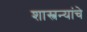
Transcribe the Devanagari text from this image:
शास्त्रन्यांचे